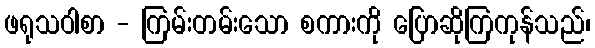
ဖရုသဝါစာ - ကြမ်းတမ်းသော စကားကို ပြောဆိုကြကုန်သည်၊